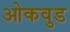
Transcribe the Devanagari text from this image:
ओकवुड